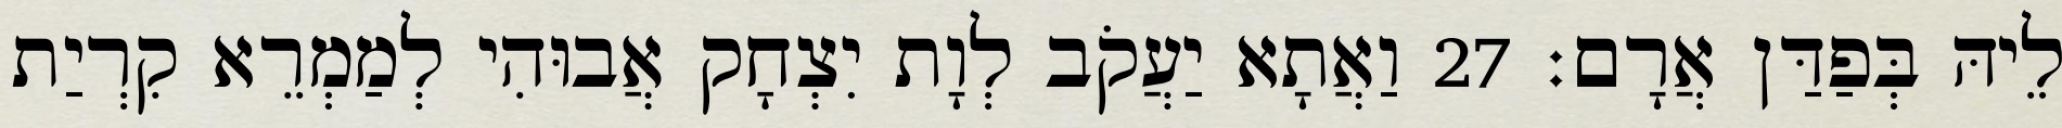
לֵיהּ בְּפַדַּן אֲרָם׃ 27 וַאֲתָא יַעֲקֹב לְוָת יִצְחָק אֲבוּהִי לְמַמְרֵא קִרְיַת